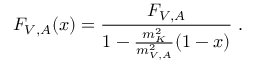
F _ { V , A } ( x ) = \frac { F _ { V , A } } { 1 - \frac { m _ { K } ^ { 2 } } { m _ { V , A } ^ { 2 } } ( 1 - x ) } \; .